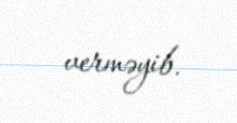
verməyib.